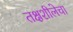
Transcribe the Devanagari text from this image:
तक्षशीलेचा